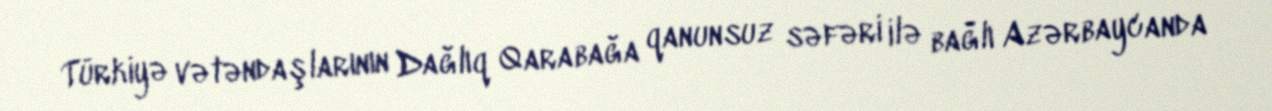
Türkiyə vətəndaşlarının Dağlıq Qarabağa qanunsuz səfəri ilə bağlı Azərbaycanda